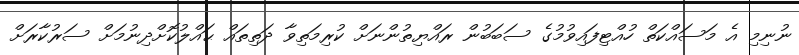
ނުނިމި އެ މަސައްކަތް ހުއްޓިފައިވުމުގެ ސަބަބުން ރައްޔިތުންނަށް ކުރިމަތިވާ ދަތިތައް ޙައްލުކޮށްދިނުމަށް ސަރުކާރަށް